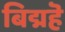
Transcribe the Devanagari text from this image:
बिद्महॆ